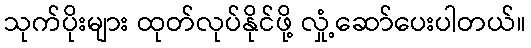
သုက်ပိုးများ ထုတ်လုပ်နိုင်ဖို့ လှုံ့ဆော်ပေးပါတယ်။